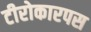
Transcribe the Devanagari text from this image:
टीरोकारपस